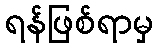
ရန်ဖြစ်ရာမှ